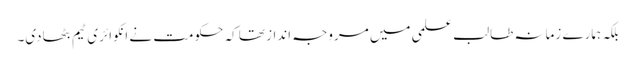
بلکہ ہمارے زمانہ طالب علمی میں مروجہ انداز تھا کہ حکومت نے انکوائری ٹیم بٹھادی۔